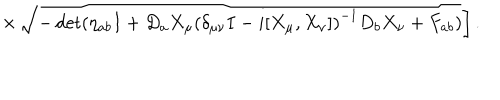
\times \left. \sqrt { - \det ( \eta _ { a b } I + D _ { a } X _ { \mu } \left( \delta _ { \mu \nu } I - i [ X _ { \mu } , X _ { \nu } ] \right) ^ { - 1 } D _ { b } X _ { \nu } + F _ { a b } ) } \right] .